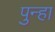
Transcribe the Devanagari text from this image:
पुन्‍हा